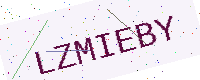
Text: LZMIEBY